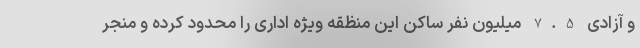
و آزادی 7.5 میلیون نفر ساکن این منظقه ویژه اداری را محدود کرده و منجر